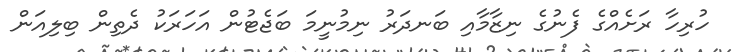
ހުރިހާ ރަށެއްގެ ފެނުގެ ނިޒާމާއި ބަނދަރު ނިމުނީމަ ބަޖެޓުން އަހަރަކު ދެތިން ބިލިއަން